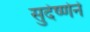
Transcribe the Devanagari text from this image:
सुदेष्णेने